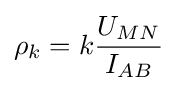
\rho _{k}=k{\frac {U_{MN}}{I_{AB}}}